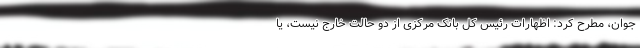
جوان، مطرح کرد: اظهارات رئیس کل بانک مرکزی از دو حالت خارج نیست، یا